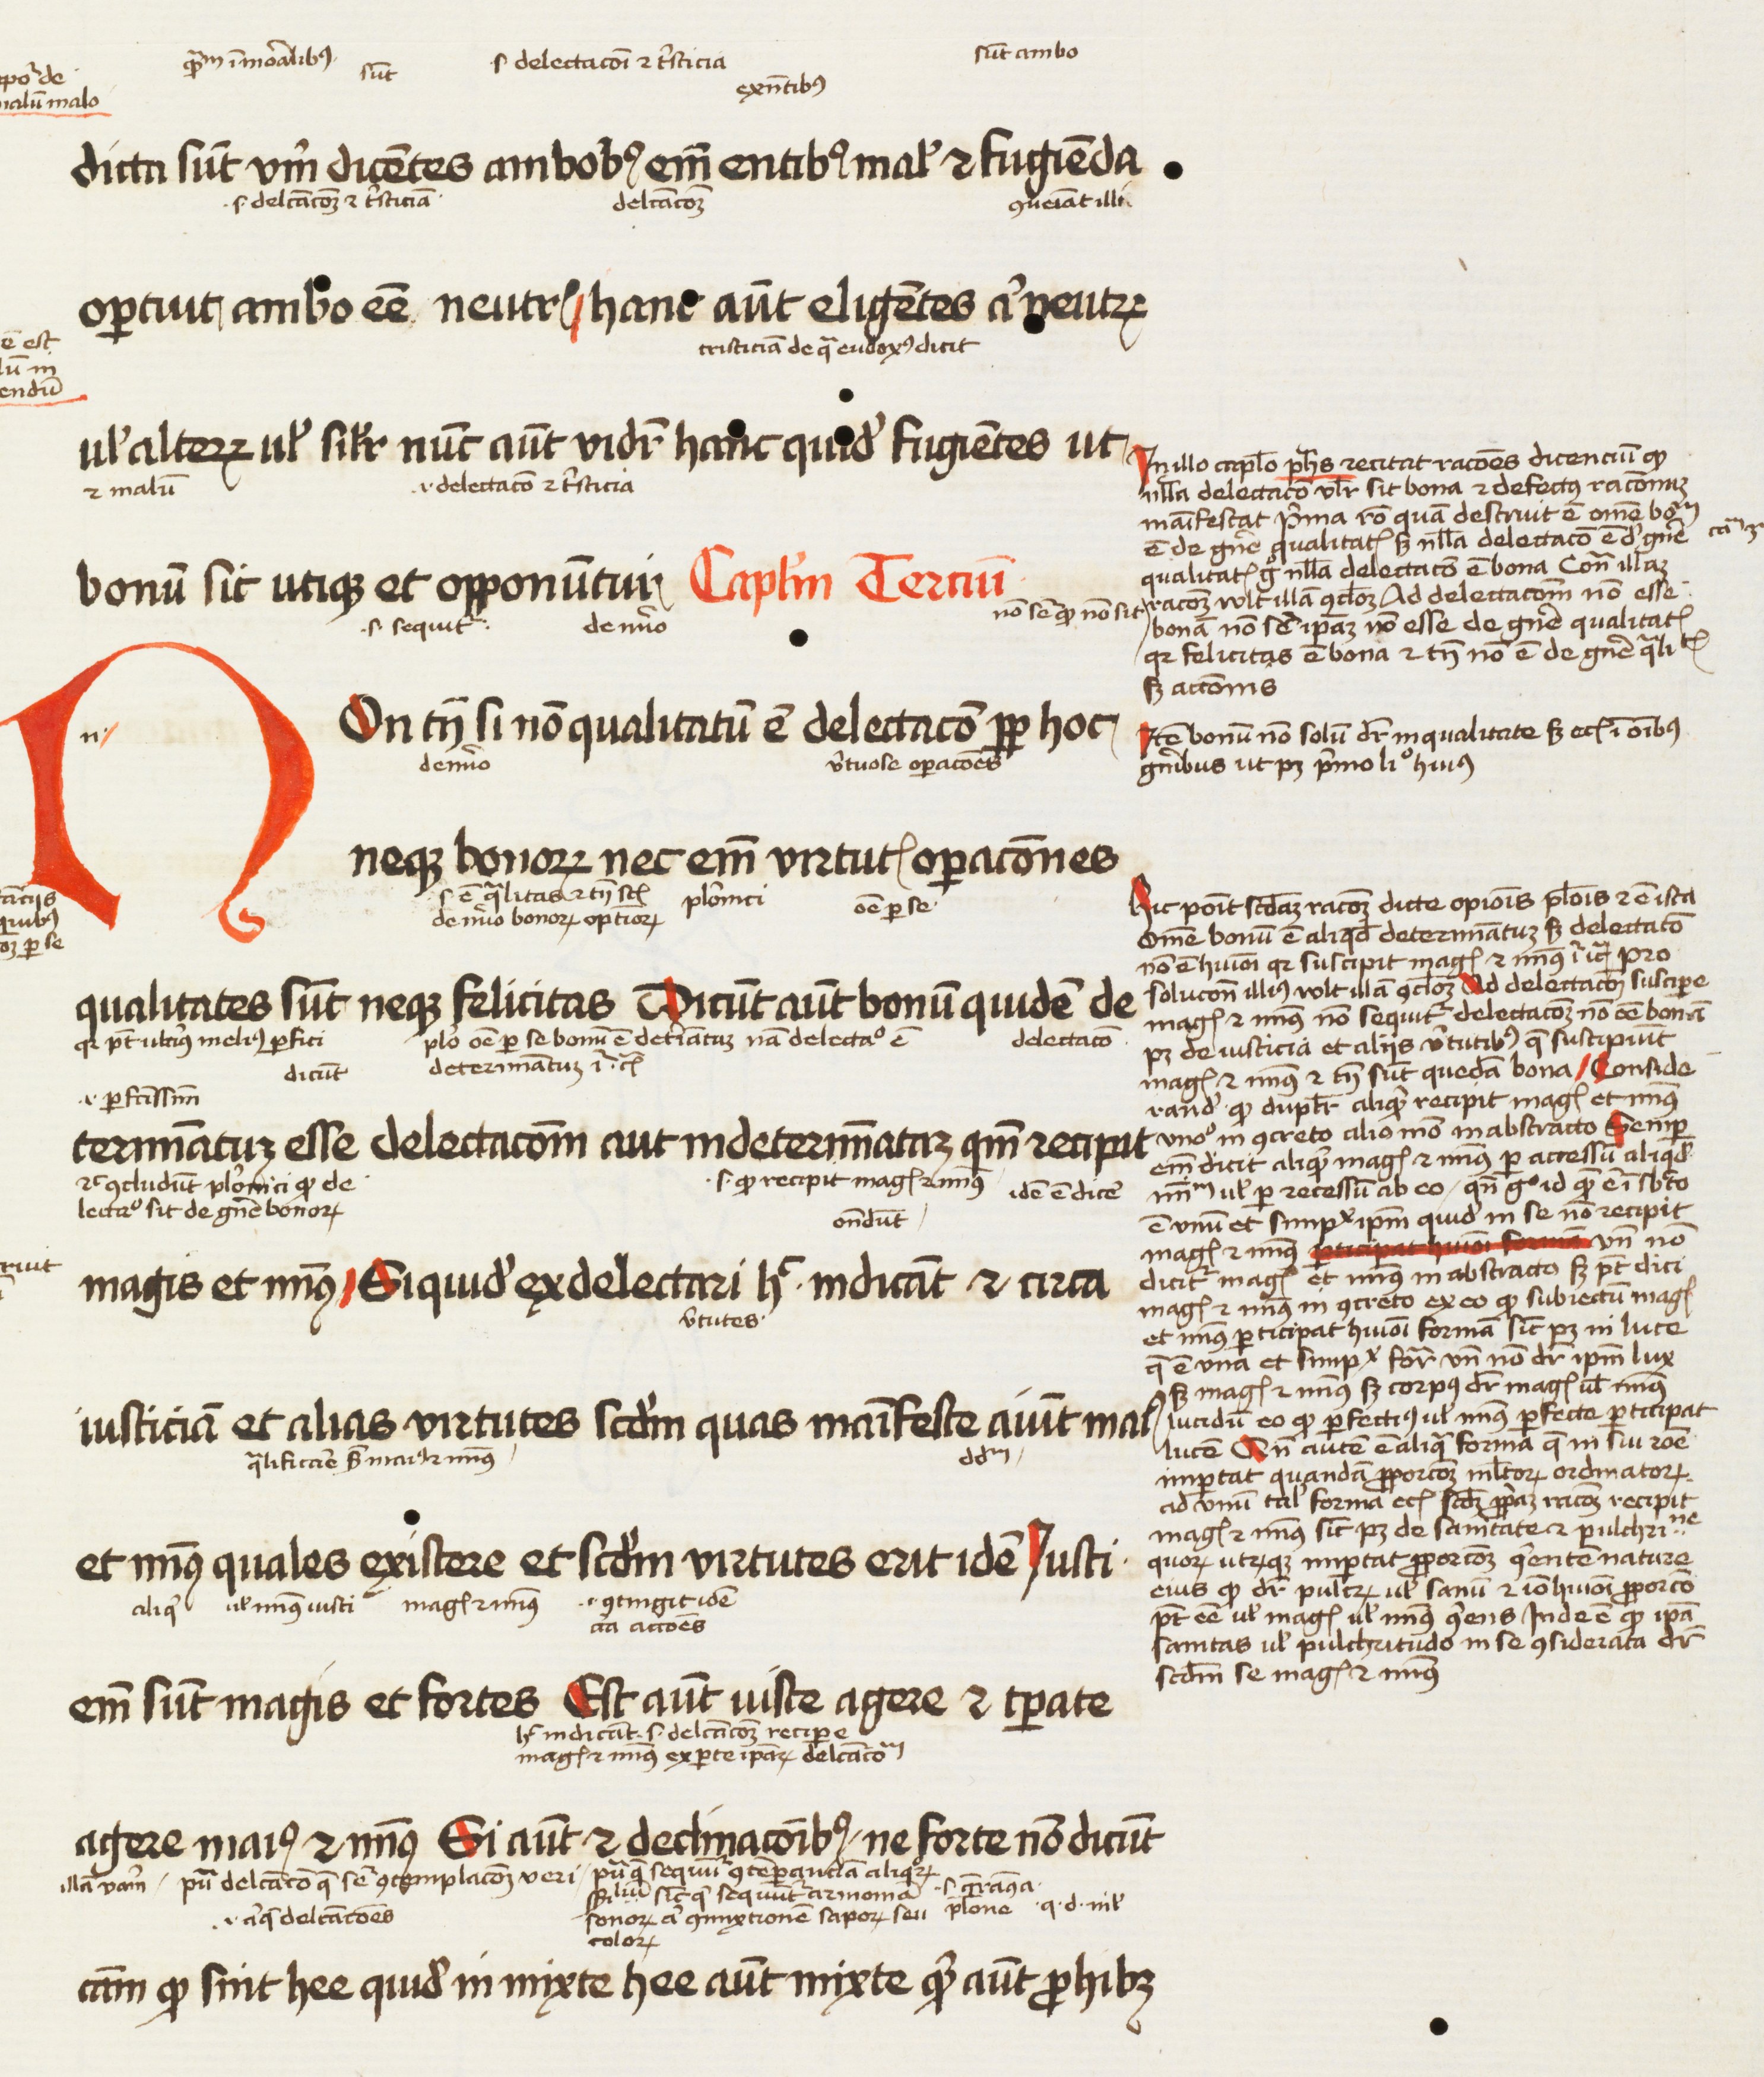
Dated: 1450–1474